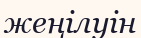
жеңілуін